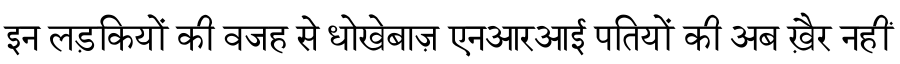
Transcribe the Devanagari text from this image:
इन लड़कियों की वजह से धोखेबाज़ एनआरआई पतियों की अब ख़ैर नहीं